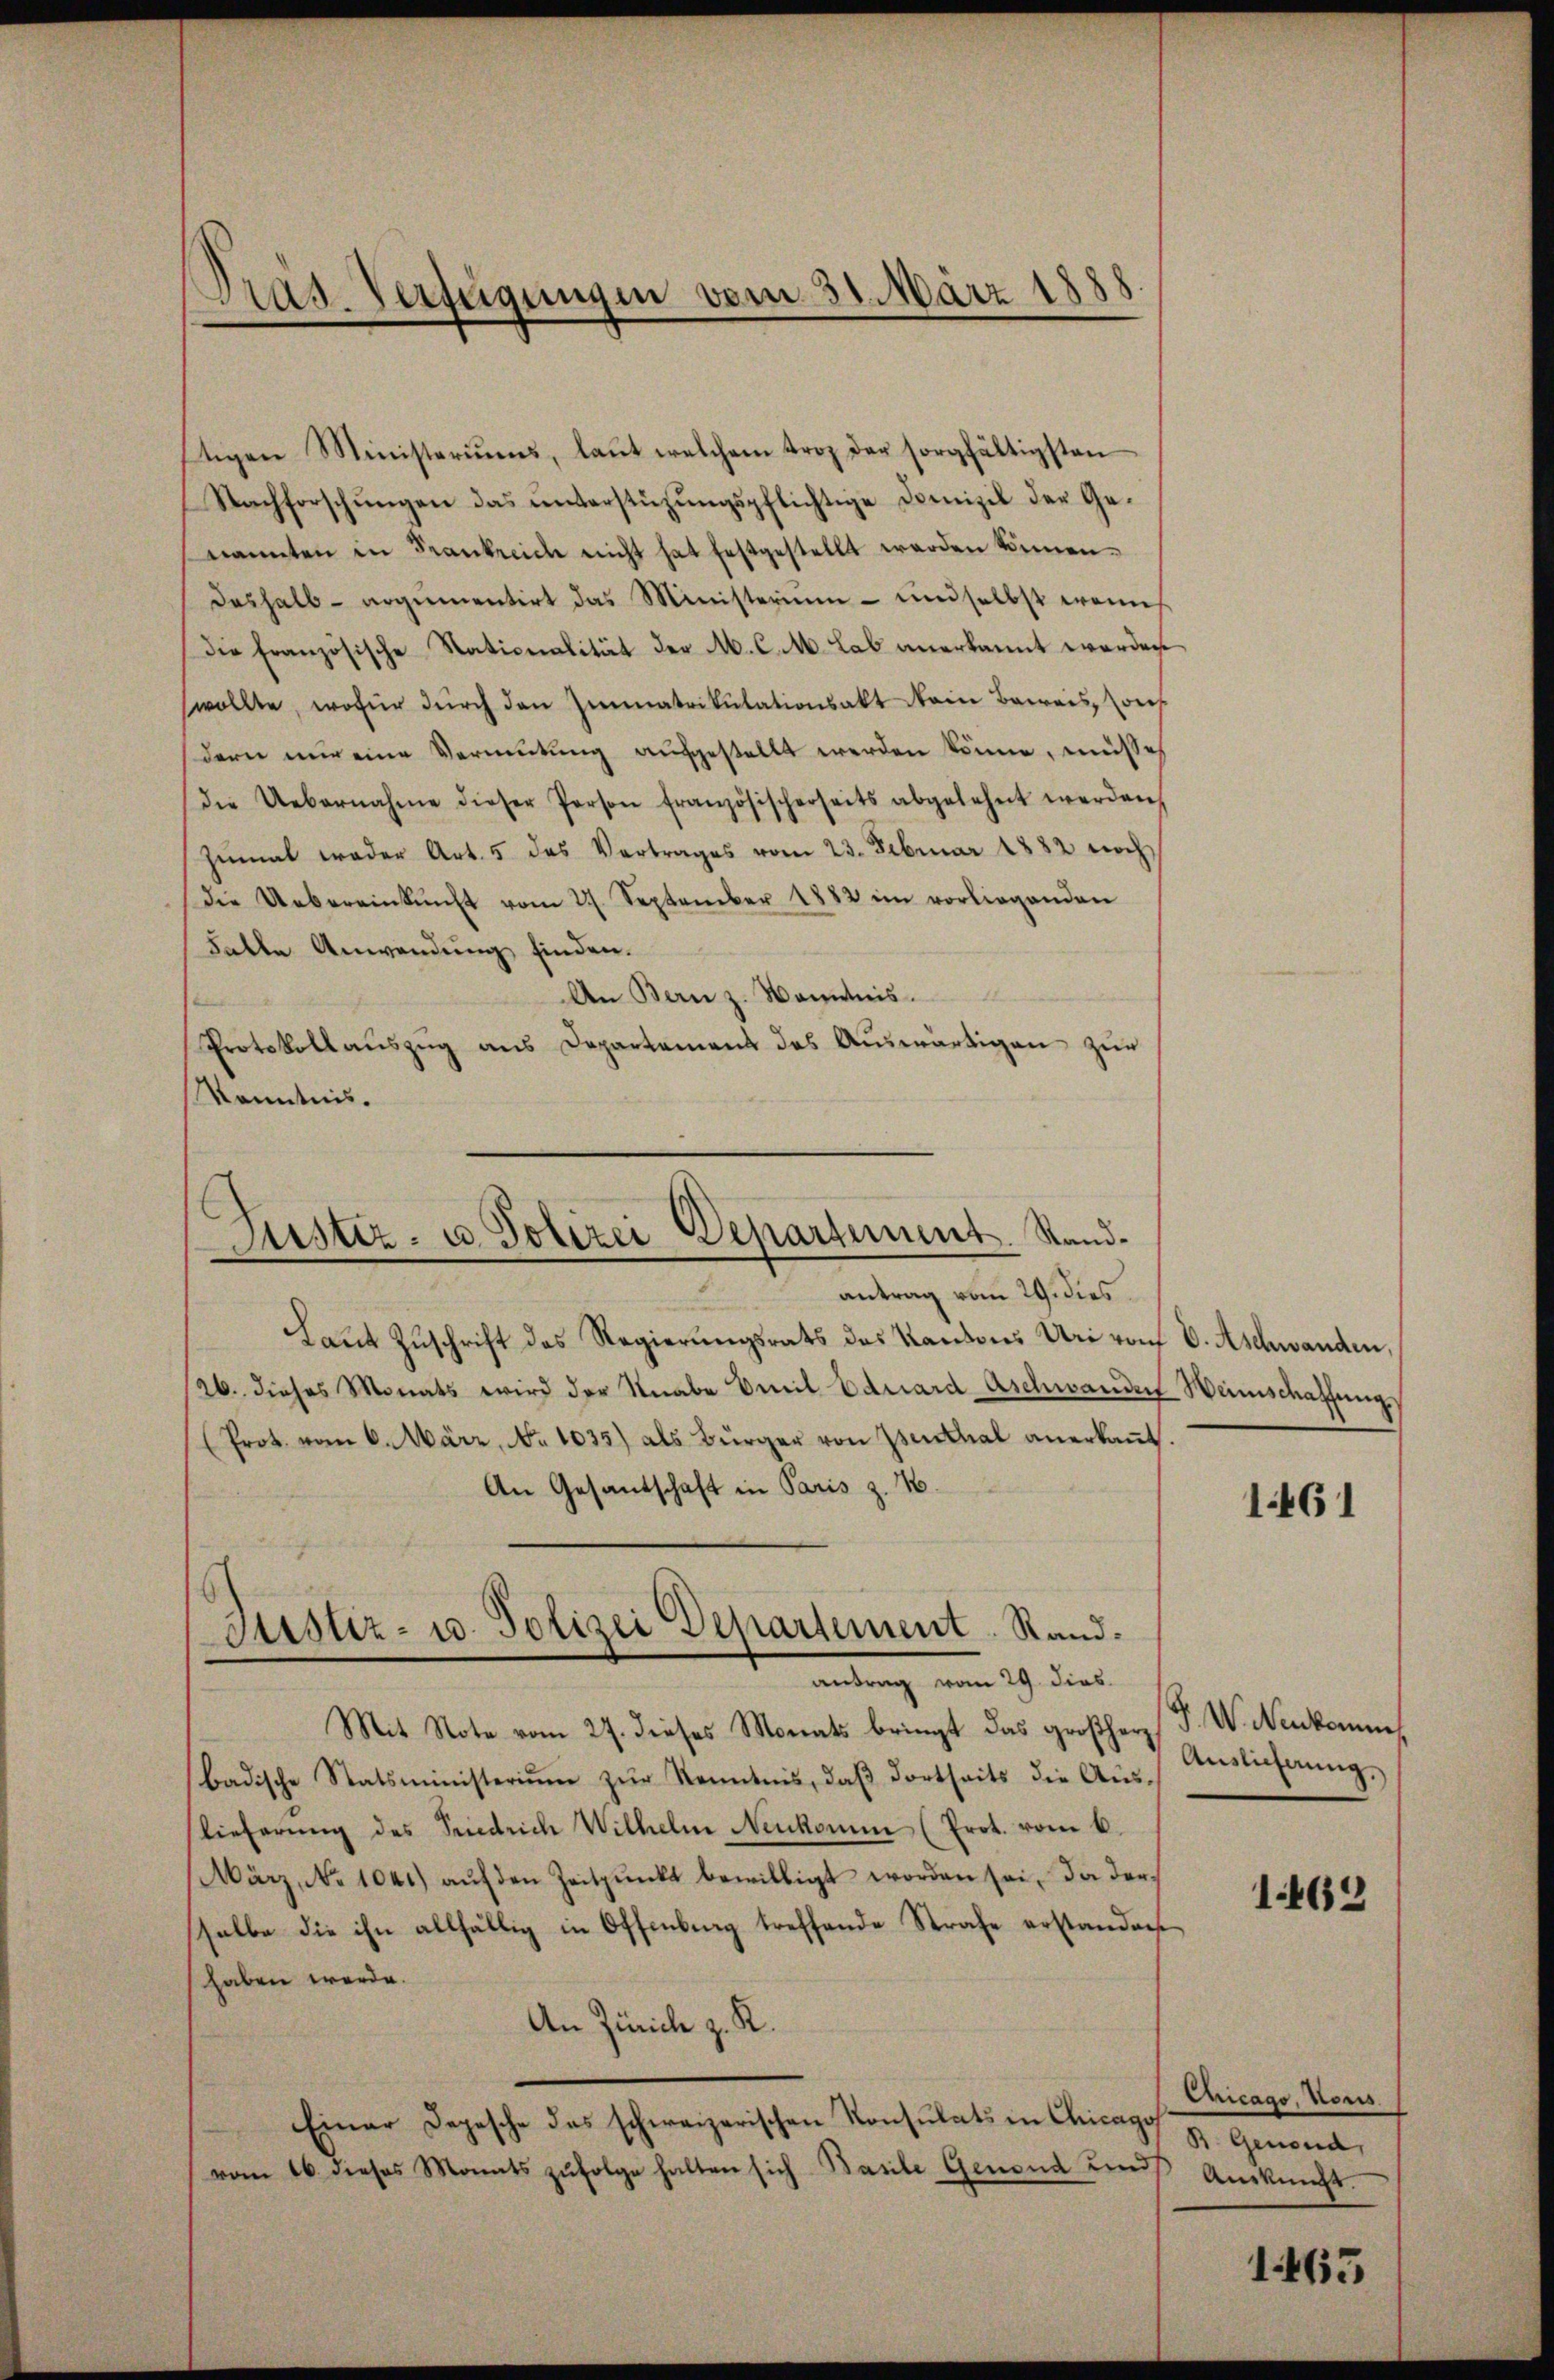
Tras. Verfügungen vom 31. März 1888.

ftigen Ministeriums, laŭt welchem trop der sorgfältigsten
Nachforschungen das unterstüzungspflichtige Domizil der Genannten in Frankreich nicht hat festgestellt werden können.
deshalb- argumentirt das Ministerium - und selbst wenn
Die Französische Nationalität der M. C. M. Lab anerkannt werden
wollte, wofür dŭrch den Immatrikulationsakt Nein Beweis, sons
dern nur eine Vermutung aufgestellt werden könne, müsse
die Uebernahme dieser Person französischerseits abgelehnt werden,
zŭmal weder Art. 5 des Vertrages vom 23. Februar 1882 noch
Die Uebereinkunft vom 27. September 1882 im vorliegenden
Falle Anwendung finden.
An Bern z. Kontis
Protokoll aŭszŭg ans Departement des Aŭswärtigen zur
Kenntnis.

Justiz- u. Polizei Departement. Stand¬

antrag vom 29. dies
Laut Zuschrift das Regierungsrats das Kantons Uri von V. Aschwanden,
26. dieses Monats wird der Knabe Emil Eduard-Aschwanden Weinschaffung
(Prot. vom 6. März, No 1035) als Bürger von Isenthal anerkannt
An Gesandschaft in Paris z. 16.
Mit Note vom 27. dieses Monats bringt das großherz d. W. Neukomme
badische Statsministeriŭm zŭr Kenntnis, daβ dortseits die Aŭs-
lieferŭng des Friedrich Wilhelm Neukomm (Prot. vom 6.
März, No 1041) auf den Zeitpunkt bewilligt worden sei, da derselbe die ihn allfällig in Offenburg treffende Strafe erstanden
haben werde.
An Zürich z. R.
Einer Depesche das schweizerischen Konsulats in Chicago
vom 16. dieses Monats zŭfolge halten sich Basile Genoud und Auskunft.

Justiz- u. Polizei Departement. Randantrag vom 29. dies

1461

Auslicherung,

1462

Chicago, Vors
B. Genoud,

1465